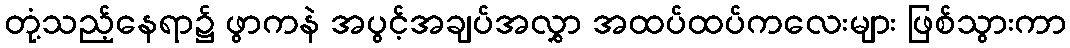
တုံ့သည့်နေရာ၌ ဖွာကနဲ အပွင့်အချပ်အလွှာ အထပ်ထပ်ကလေးများ ဖြစ်သွားကာ